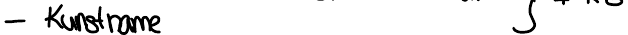
- Kunstname